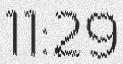
11:29